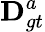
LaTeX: \mathbf{D}_{gt}^{a}